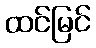
ထင်မြင်